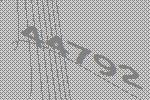
44792